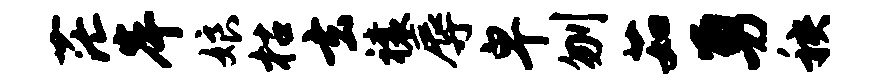
茫岸娘枯玄禳辱卑刎茹勇秧